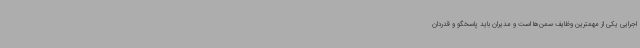
اجرایی یکی از مهمترین وظایف سمن‌ها است و مدیران باید پاسخگو و قدردان